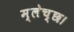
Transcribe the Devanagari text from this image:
म्लेच्छ।